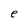
Character: e